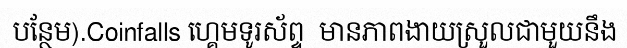
បន្ថែម).Coinfalls ហ្គេមទូរស័ព្ទ  មានភាពងាយស្រួលជាមួយនឹង